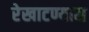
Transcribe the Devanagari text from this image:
रेखाटण्यास